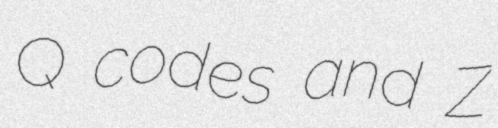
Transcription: Q codes and Z